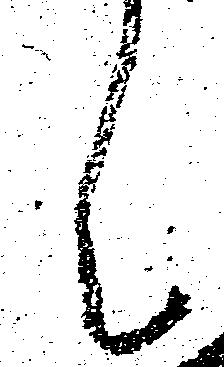
々